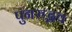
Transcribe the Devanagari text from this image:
पुनरुद्भव